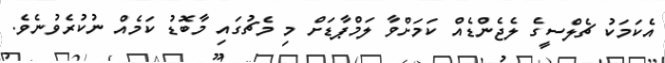
އެކަމަކު ޗެލްސީގެ ލެޖެންޑެއް ކަމަށްވާ ލަމްޕާޑަށް މި މެޗުގައި މާބޮޑު ކަމެއް ނުކުރެވުނެވެ.